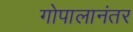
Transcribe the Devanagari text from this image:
गोपालानंतर